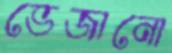
ভেজানো